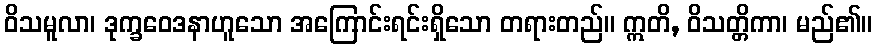
ဝိသမူလာ၊ ဒုက္ခဝေဒနာဟူသော အကြောင်းရင်းရှိသော တရားတည်။ ဣတိ, ဝိသတ္တိကာ၊ မည်၏။